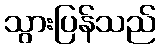
သွားပြန်သည်